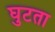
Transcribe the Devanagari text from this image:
घुटता